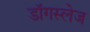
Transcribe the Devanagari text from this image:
डॉगस्लेज